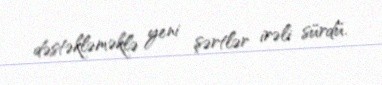
dəstəkləməklə yeni şərtlər irəli sürdü.